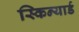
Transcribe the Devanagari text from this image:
स्किन्यार्ड